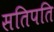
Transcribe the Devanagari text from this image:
सतिपति